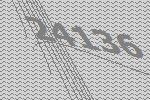
24136